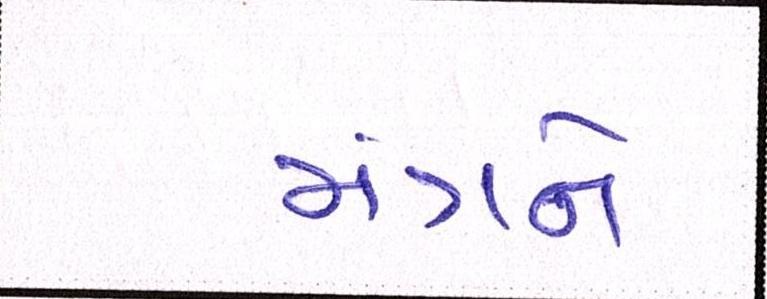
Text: મંત્રને